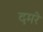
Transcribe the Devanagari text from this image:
दमरे